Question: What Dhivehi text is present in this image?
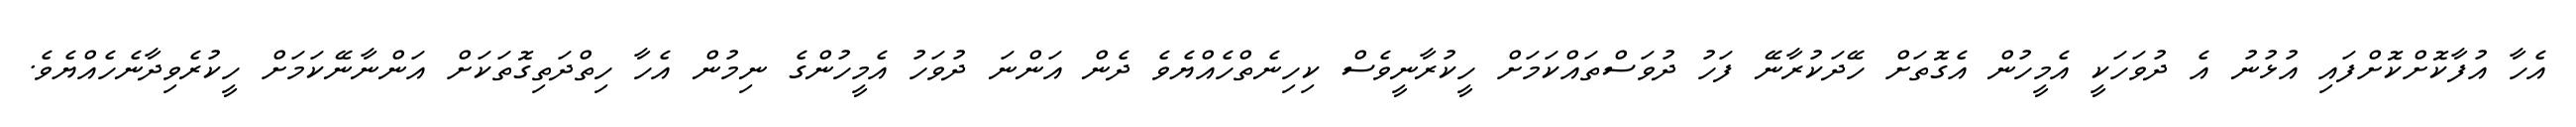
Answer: އެހާ އުފާކޮށްކޮށްފައި އުޅުނު އެ ދުވަހަކީ އެމީހުން އެގޮތަށް ހޭދަކުރާނޭ ފަހު ދުވަސްތައްކަމަށް ހީކުރާނީވެސް ކިހިނެތްހެއްޔެވެ ދެން އަންނަ ދުވަހު އެމީހުންގެ ނިމުން އެހާ ހިތްދަތިގޮތަކަށް އަންނާނޭކަމަށް ހީކުރެވިދާނެހެއްޔެވެ.